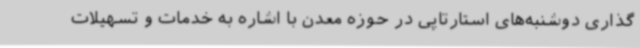
گذاری دوشنبه‌های استارتاپی در حوزه معدن با اشاره به خدمات و تسهیلات